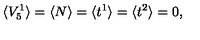
\langle V _ { 5 } ^ { 1 } \rangle = \langle N \rangle = \langle t ^ { 1 } \rangle = \langle t ^ { 2 } \rangle = 0 ,